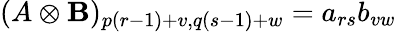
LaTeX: (A\otimes\mathbf{B})_{p(r-1)+v,q(s-1)+w}=a_{rs}b_{vw}